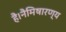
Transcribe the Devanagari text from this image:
है।नैमिषारण्य